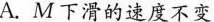
A.M下滑的速度不变